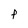
Character: P